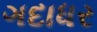
ગદાધર